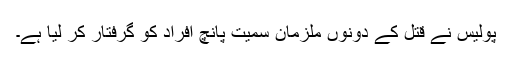
پولیس نے قتل کے دونوں ملزمان سمیت پانچ افراد کو گرفتار کر لیا ہے۔